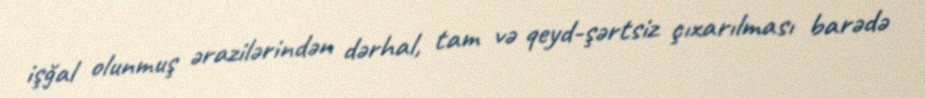
işğal olunmuş ərazilərindən dərhal, tam və qeyd-şərtsiz çıxarılması barədə